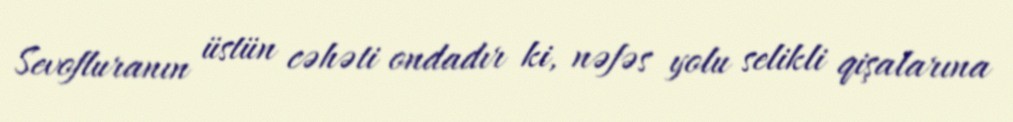
Sevofluranın üstün cəhəti ondadır ki, nəfəs yolu selikli qişalarına